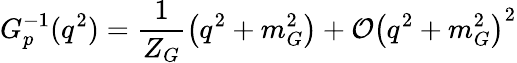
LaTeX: G_{p}^{-1}(q^{2})=\frac{1}{Z_{G}}\left(q^{2}+m_{G}^{2}\right)+{\cal O}\left(q^{2}+m_{G}^{2}\right)^{2}